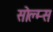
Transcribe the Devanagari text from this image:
सोल्म्स